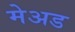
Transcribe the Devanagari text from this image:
मेअड